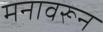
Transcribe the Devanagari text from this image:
मनावरून